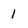
Character: 1